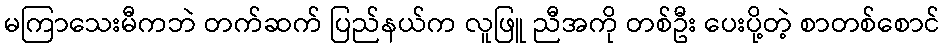
မကြာသေးမီကဘဲ တက်ဆက် ပြည်နယ်က လူဖြူ ညီအကို တစ်ဦး ပေးပို့တဲ့ စာတစ်စောင်